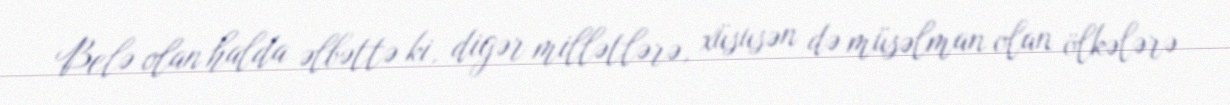
Belə olan halda əlbəttə ki, digər millətlərə, xüsusən də müsəlman olan ölkələrə